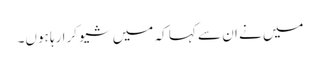
میں نے ان سے کہا کہ میں شیو کرا رہا ہوں۔